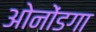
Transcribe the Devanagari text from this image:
ओनोंडगा